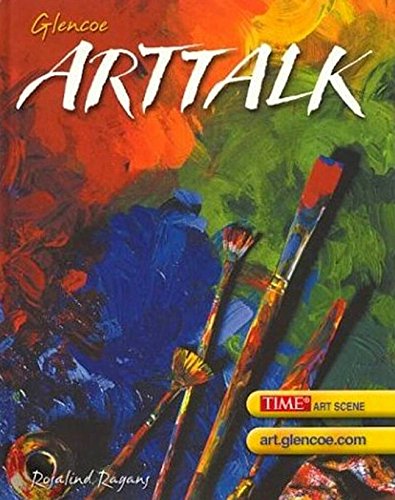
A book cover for Glencoe Arttalk; Rosalind Ragans; Teen & Young Adult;